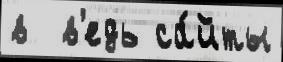
в  в'едь са́йты